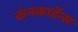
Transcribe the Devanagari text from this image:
कंनकार्डेन्स